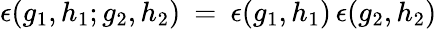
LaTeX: \epsilon(g_{1},h_{1};g_{2},h_{2})\: =\: \epsilon(g_{1},h_{1})\, \epsilon(g_{2},h_{2})